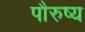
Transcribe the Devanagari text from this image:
पौरुष्य